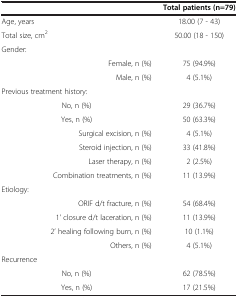
<table><thead><tr><td><b> </b></td><td><b>Total patients (n=79)</b></td></tr></thead><tbody><tr><td>Age, years</td><td>18.00 (7 - 43)</td></tr><tr><td>Total size, cm<sup>2</sup></td><td>50.00 (18 - 150)</td></tr><tr><td>Gender:</td><td> </td></tr><tr><td>Female, n (%)</td><td>75 (94.9%)</td></tr><tr><td>Male, n (%)</td><td>4 (5.1%)</td></tr><tr><td>Previous treatment history:</td><td> </td></tr><tr><td>No, n (%)</td><td>29 (36.7%)</td></tr><tr><td>Yes, n (%)</td><td>50 (63.3%)</td></tr><tr><td>Surgical excision, n (%)</td><td>4 (5.1%)</td></tr><tr><td>Steroid injection, n (%)</td><td>33 (41.8%)</td></tr><tr><td>Laser therapy, n (%)</td><td>2 (2.5%)</td></tr><tr><td>Combination treatments, n (%)</td><td>11 (13.9%)</td></tr><tr><td>Etiology:</td><td> </td></tr><tr><td>ORIF d/t fracture, n (%)</td><td>54 (68.4%)</td></tr><tr><td>1’ closure d/t laceration, n (%)</td><td>11 (13.9%)</td></tr><tr><td>2’ healing following burn, n (%)</td><td>10 (1.1%)</td></tr><tr><td>Others, n (%)</td><td>4 (5.1%)</td></tr><tr><td>Recurrence</td><td> </td></tr><tr><td>No, n (%)</td><td>62 (78.5%)</td></tr><tr><td>Yes, n (%)</td><td>17 (21.5%)</td></tr></tbody></table>